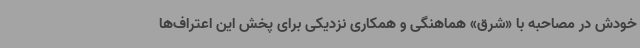
خودش در مصاحبه با «شرق» هماهنگی و همکاری نزدیکی برای پخش این اعتراف‌ها